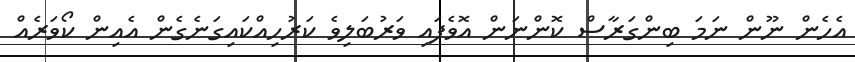
އެހެން ނޫން ނަމަ ބިންގަރާސް ކޮންނަން އޮވެފައި ވަރުބަލިވެ ކަރުހިއްކައިގަނެގެން އެއިން ކޯވަރެއް